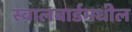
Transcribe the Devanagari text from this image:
स्वालबार्डमधील